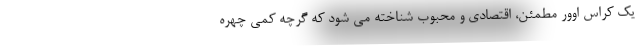
یک کراس اوور مطمئن، اقتصادی و محبوب شناخته می شود که گرچه کمی چهره